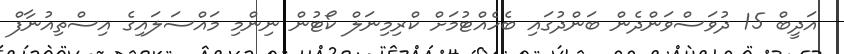
އަދީބް 15 ދުވަސްވަންދެން ބަންދުގައި ބެހެއްޓުމަށް ކްރިމިނަލް ކޯޓުން ނިންމި މައްސަލައިގެ އިސްތިއުނާފް